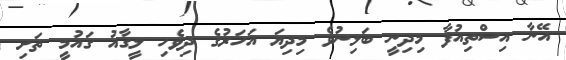
އޭނާ އިސްތިއުފާ މިދިނީ ބަލިނުވެ މިދިޔަ އަހަރުގެ ދިވެހި ލީގާއު ގައުމީ ތަށި